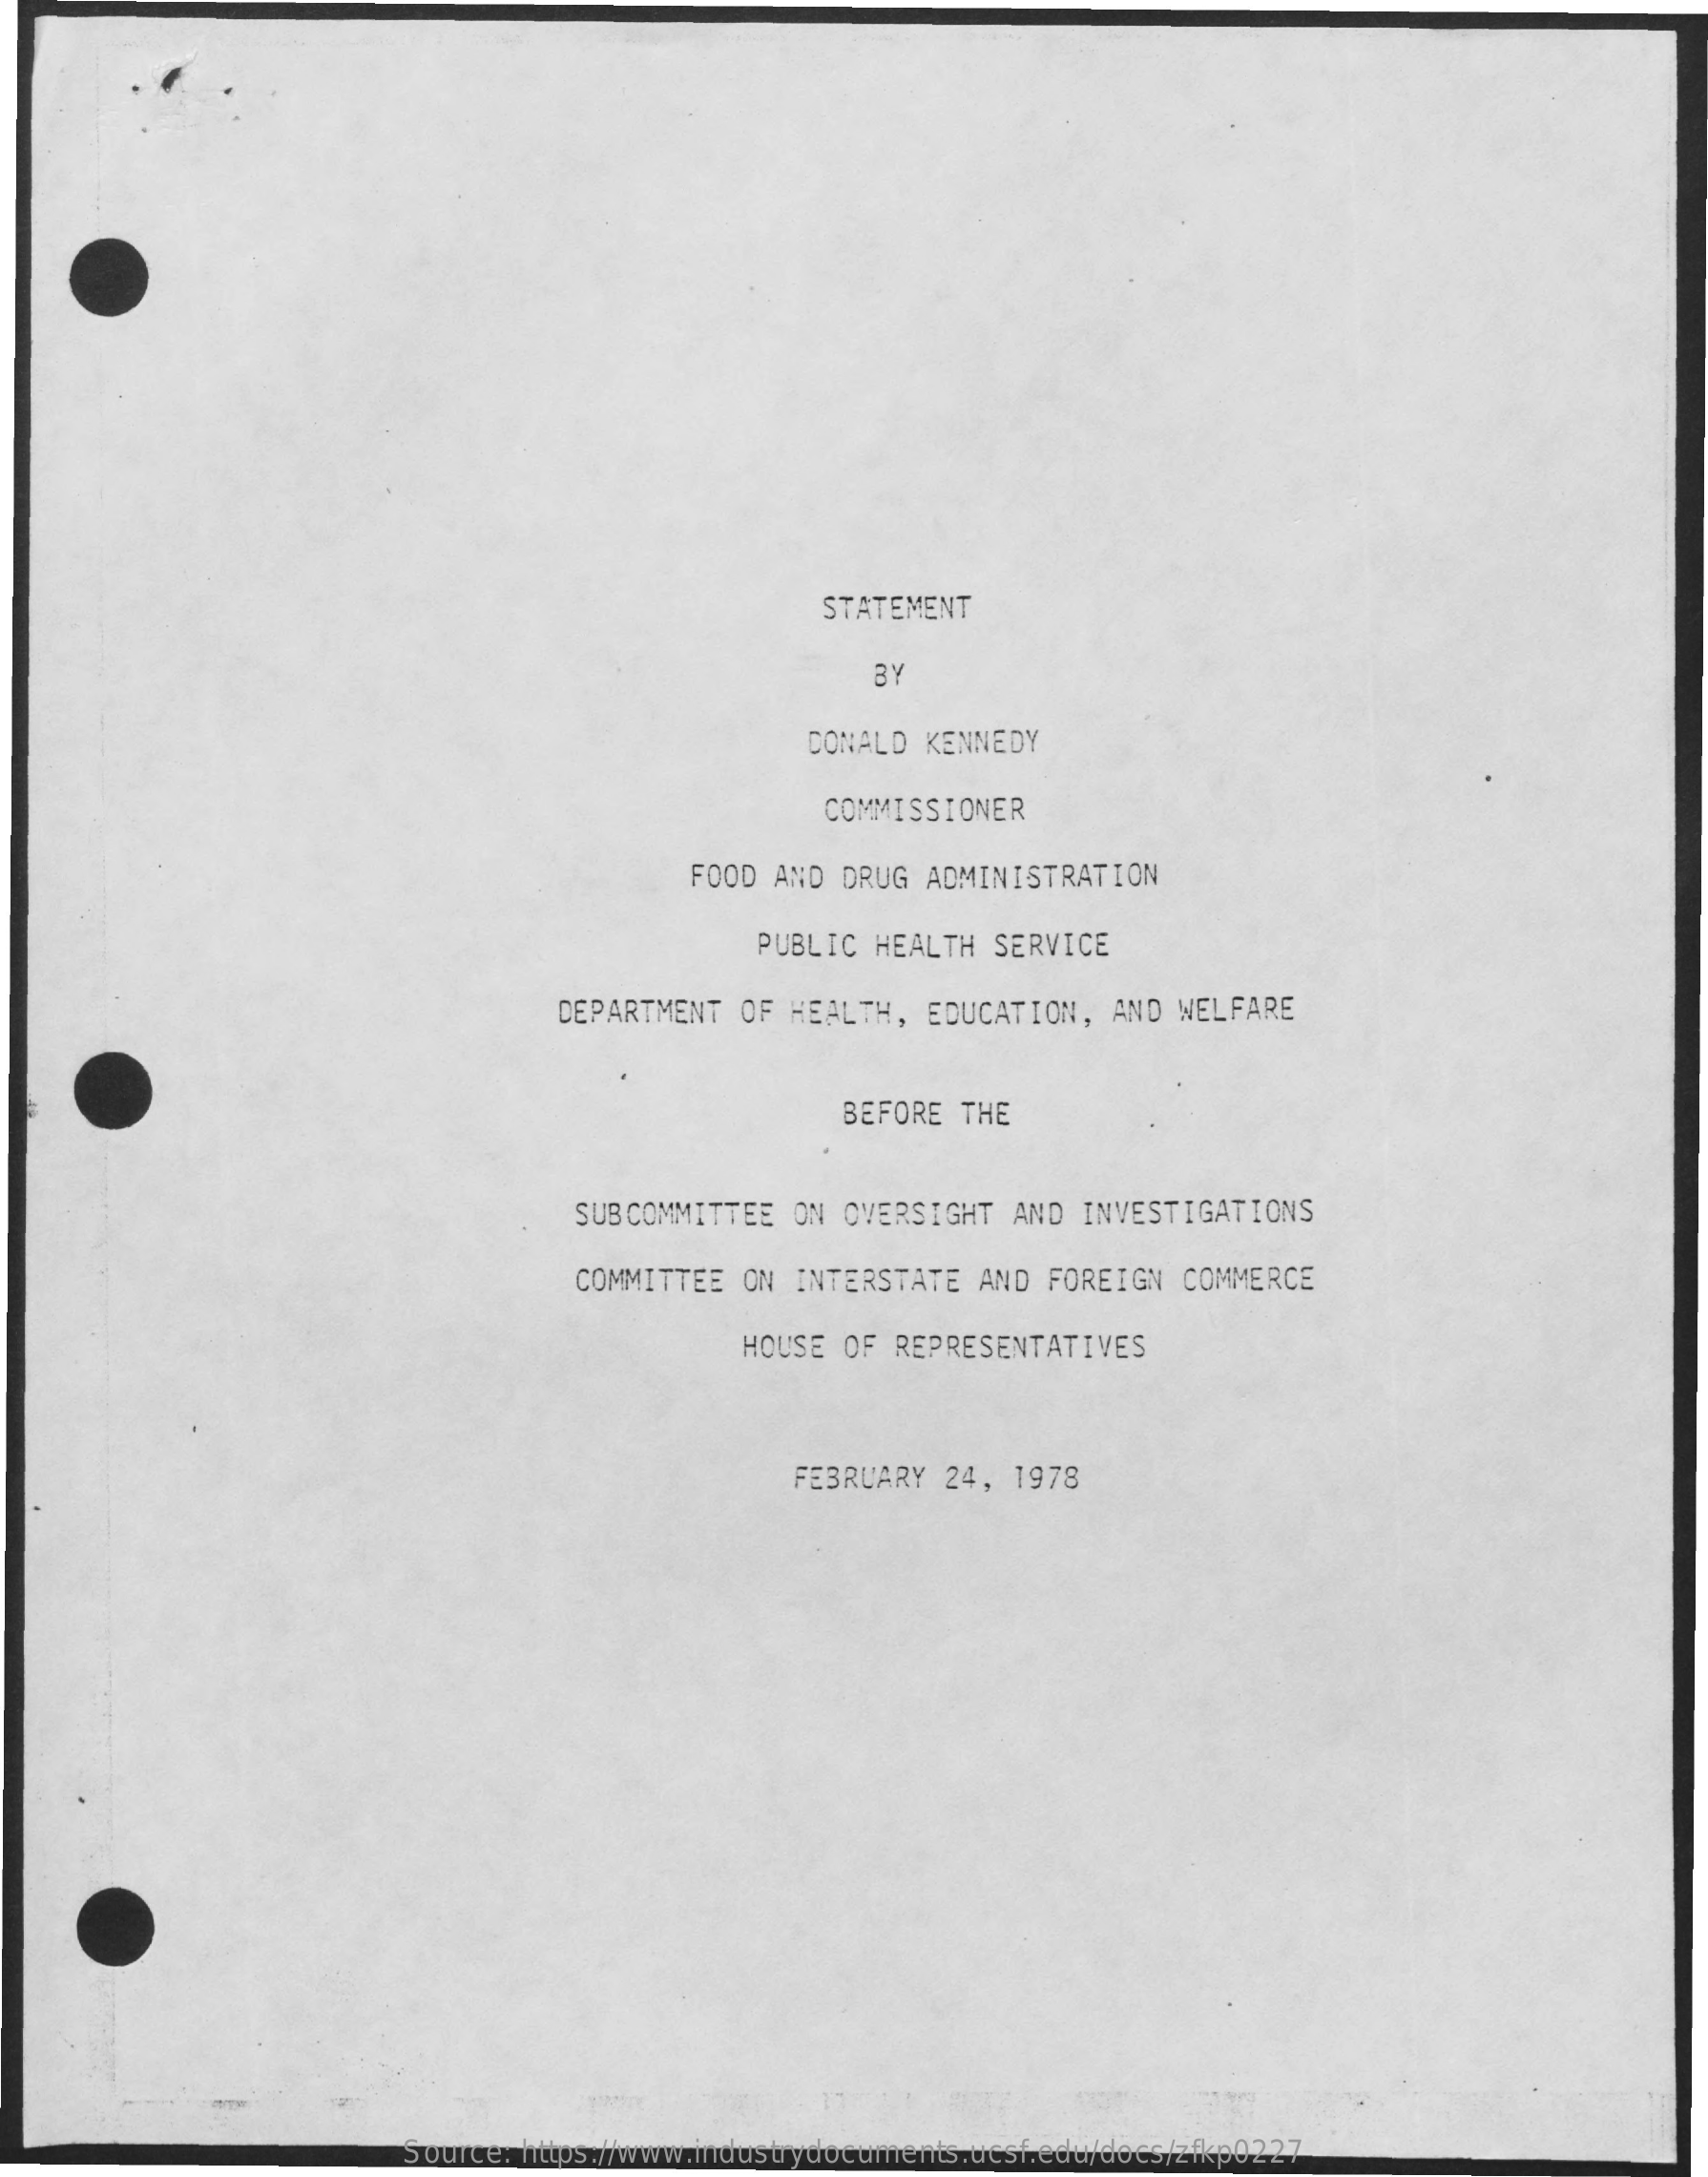
STATEMENT
     m
     DONALD  KENNEDY
     COMMISSIONER
     FOOD  AND DRUG  ADMINISTRATION
     PUBLIC HEALTH  SERVICE
     DEPARTMENT  OF HEALTH,  EDUCATION,  AND WELFARE
     BEFORE  THE
     SUBCOMMITTEE  ON OVERSIGHT  AND  INVESTIGATIONS
     COMMITTEE  ON INTERSTATE  AND  FOREIGN  COMMERCE
     HOUSE OF  REPRESENTATIVES
     FEBRUARY  24,  1978
     Source: https://www.industrydocuments.ucsf.edu/docs/zfkp0227